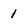
Character: 1